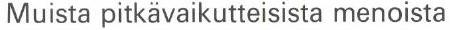
Muista pitkävaikutteisista menoista